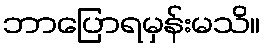
ဘာပြောရမှန်းမသိ။